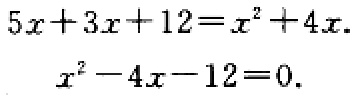
\[

\begin{align*}

5x + 3x+12&=x^{2}+4x\\

x^{2}-4x - 12&=0.

\end{align*}

\]